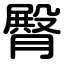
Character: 臀